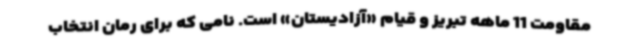
مقاومت 11 ماهه تبریز و قیام «آزادیستان» است. نامی که برای رمان انتخاب